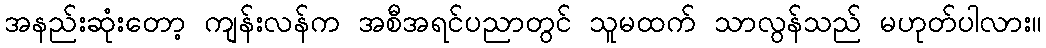
အနည်းဆုံးတော့ ကျန်းလန်က အစီအရင်ပညာတွင် သူမထက် သာလွန်သည် မဟုတ်ပါလား။